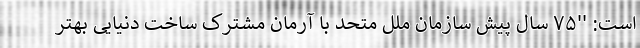
است: ''۷۵ سال پیش سازمان ملل متحد با آرمان مشترک ساخت دنیایی بهتر